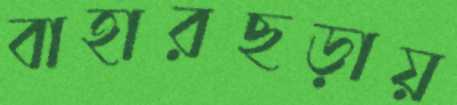
বাহারছড়ায়